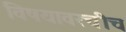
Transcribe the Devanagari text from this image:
विषयावरचीच